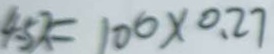
4 . 5 x = 1 0 0 \times 0 . 2 7